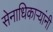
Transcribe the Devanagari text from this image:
सेनाधिकार्‍यांनी